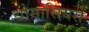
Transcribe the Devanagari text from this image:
थोमासियस